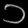
Digit: ၁